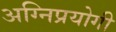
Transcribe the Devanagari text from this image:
अग्निप्रयोगी